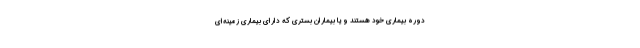
دوره بیماری خود هستند و یا بیماران بستری که دارای بیماری زمینه‌ای